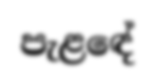
පැළඳේ